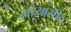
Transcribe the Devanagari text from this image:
त्वय्यासीद्